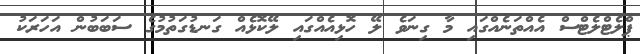
ޕްލެޓްލެޓްސް އެއްތަނެއްގައި މާ ގިނަވެ ލޭ ހޮޅިއެއްގައި ލޭކޮޅެއް ގަނޑުގަތުމުގެ ސަބަބުން އަހަރަކު